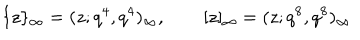
\{ z \} _ { \infty } = ( z ; q ^ { 4 } , q ^ { 4 } ) _ { \infty } , \qquad [ z ] _ { \infty } = ( z ; q ^ { 8 } , q ^ { 8 } ) _ { \infty }